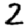
Digit: 2